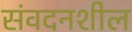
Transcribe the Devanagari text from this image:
संवदनशील